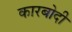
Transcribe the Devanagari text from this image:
कारबोदी